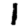
Digit: 1